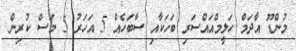
މުންޑޫ އާދަމް ހަލީމްއައްސަރި ބަހަކާއި ސާބަހެއް 5 އަހަރު 5 މަސް ކުރިން